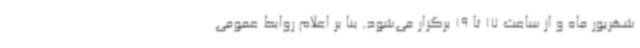
شهریور ماه و از ساعت 17 تا 19 برگزار می‌شود. بنا بر اعلام روابط عمومی